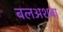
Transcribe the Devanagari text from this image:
बलअशबा